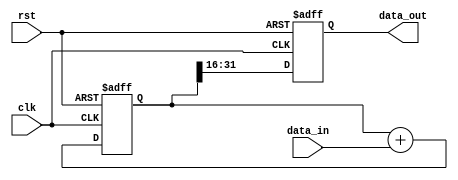
module parallel_accumulator (
    input wire clk,
    input wire rst,
    input wire [15:0] data_in,
    output wire [15:0] data_out
);

reg [31:0] accumulator;
reg [15:0] data_out_reg;

always @(posedge clk or posedge rst) begin
    if (rst) begin
        accumulator <= 32'd0;
        data_out_reg <= 16'd0;
    end else begin
        accumulator <= accumulator + {16'd0, data_in};
        data_out_reg <= accumulator[31:16];
    end
end

assign data_out = data_out_reg;

endmodule